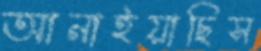
আনাইয়াছিস